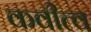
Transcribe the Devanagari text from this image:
कवीत्व